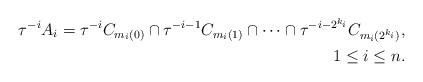
LaTeX: \begin{align*} \tau^{-i}A_i=\tau^{-i}C_{m_i(0)}\cap\tau^{-i-1}C_{m_i(1)}\cap\dots\cap\tau^{-i-2^{k_i}}C_{m_i(2^{k_i})},\\ 1\le i\le n.\end{align*}